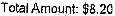
TOTAL AMOUNT: $8.20